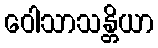
ဝေါသာသန္တိယာ